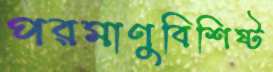
পরমাণুবিশিষ্ট